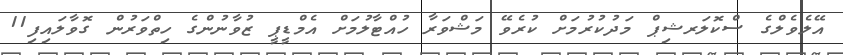
އޭލެވެލްގެ ސްކޮލަރޝިޕް މަދުކުރުމަށް ކުރެވޭ މަޝްވަރާ ހުއްޓާލުމަށް އެމްޑީޕީ ޒުވާނުންގެ ހިތްވަރުން ގޮވާލައިފި11